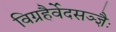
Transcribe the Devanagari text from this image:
विग्रहैर्वेदसञ्ज्ञैः